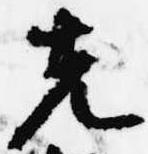
先